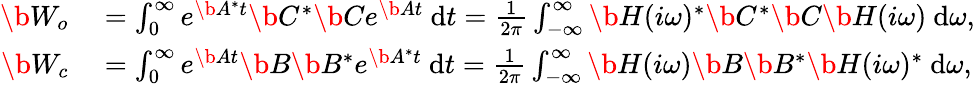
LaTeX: \begin{array}{rl}{\b{W_{o}}}&{{}=\int_{0}^{\infty}e^{\b{A}^{*}t}\b{C}^{*}\b{C}e^{\b{A}t}~\mathrm{d}t=\frac{1}{2\pi}\int_{-\infty}^{\infty}\b{H}(i\omega)^{*}\b{C}^{*}\b{C}\b{H}(i\omega)~\mathrm{d}\omega,}\\ {\b{W_{c}}}&{{}=\int_{0}^{\infty}e^{\b{A}t}\b{B}\b{B}^{*}e^{\b{A}^{*}t}~\mathrm{d}t=\frac{1}{2\pi}\int_{-\infty}^{\infty}\b{H}(i\omega)\b{B}\b{B}^{*}\b{H}(i\omega)^{*}~\mathrm{d}\omega,}\end{array}